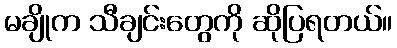
မချိုက သီချင်းတွေကို ဆိုပြရတယ်။